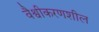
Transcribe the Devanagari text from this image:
वैश्वीकरणशील